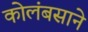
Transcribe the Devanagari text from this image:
कोलंबसाने